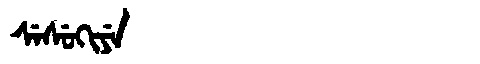
Manchu: ᠰᡝᠰᡠᡴᡳᠶᡝ
Romanization: SESUKIYE